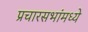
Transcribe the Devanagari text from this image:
प्रचारसभांमध्ये